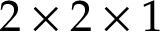
2 \times 2 \times 1